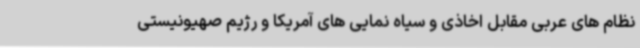
نظام های عربی مقابل اخاذی و سیاه نمایی های آمریکا و رژیم صهیونیستی